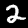
Digit: 2